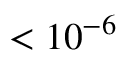
< 1 0 ^ { - 6 }